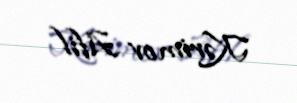
Kərimov Afil